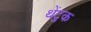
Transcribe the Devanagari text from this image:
थेंटुक